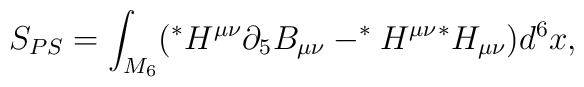
S_{PS}=\int_{M_6}(^* H^{\mu\nu}\partial_5 B_{\mu\nu}- ^*H^{\mu\nu}{}^*H_{\mu\nu})d^6x,